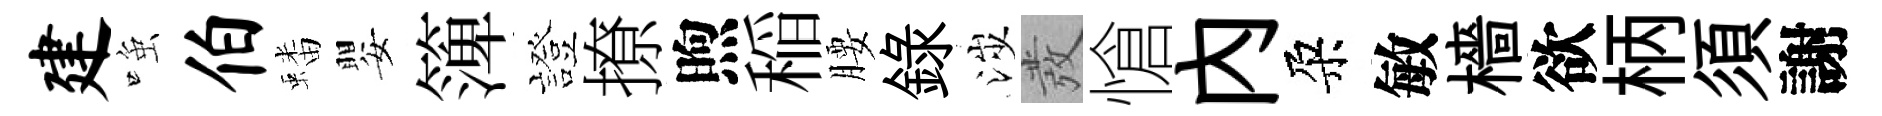
建𫪻伯蟠嬰𥱼證撩煦稲腰錄涉發愴內朶敏檣欲柄須謝